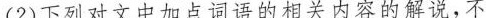
(2)下列对文中加点词语的相关内容的解说，不